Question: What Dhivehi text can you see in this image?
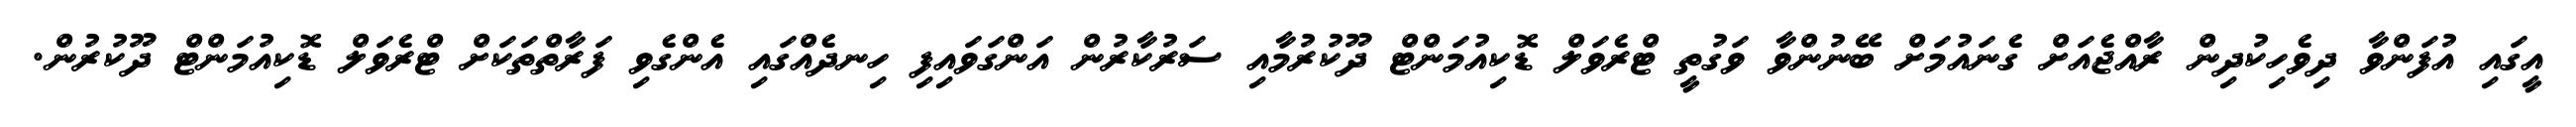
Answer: އީގައި އުފަންވާ ދިވެހިކުދިން ރާއްޖެއަށް ގެނައުމަށް ބޭނުންވާ ވަގުތީ ޓްރެވަލް ޑޮކިއުމަންޓް ދޫކުރުމާއި ސަރުކާރުން އަންގަވައިފި ހިނދެއްގައި އެންގެވި ފަރާތްތަކަށް ޓްރެވަލް ޑޮކިއުމަންޓް ދޫކުރުން.